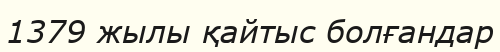
1379 жылы қайтыс болғандар